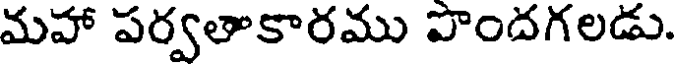
మహా పర్వతాకారము పొందగలడు.